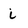
Character: i